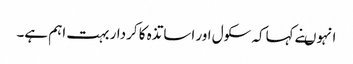
انہوںنے کہاکہ سکول اور اساتذہ کا کردار بہت اہم ہے۔